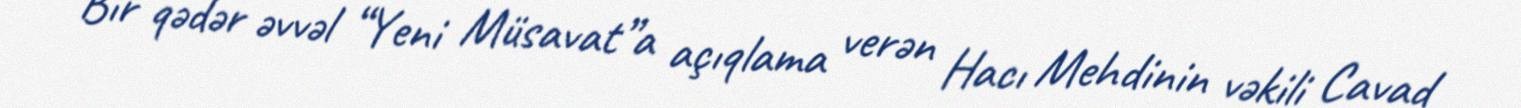
Bir qədər əvvəl “Yeni Müsavat”a açıqlama verən Hacı Mehdinin vəkili Cavad